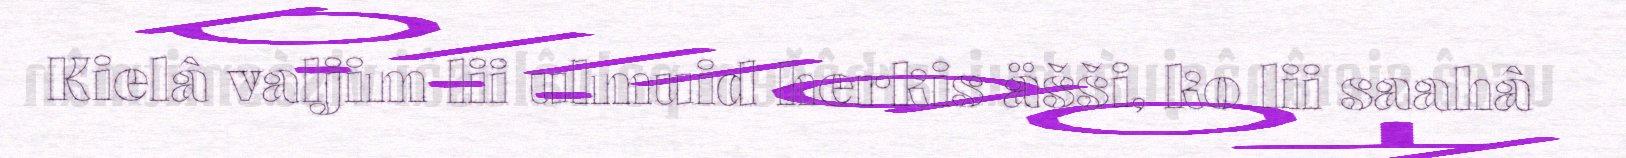
Kielâ valjim lii ulmuid herkis äšši, ko lii saahâ